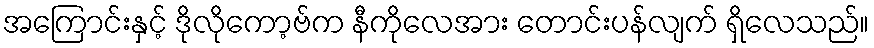
အကြောင်းနှင့် ဒိုလိုကော့ဗ်က နီကိုလေအား တောင်းပန်လျက် ရှိလေသည်။